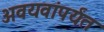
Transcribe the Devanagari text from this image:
अवयवांपर्यंत